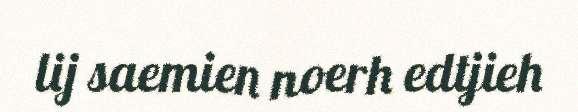
lij saemien noerh edtjieh